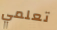
تعلمي